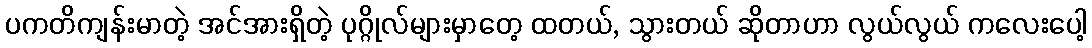
ပကတိကျန်းမာတဲ့ အင်အားရှိတဲ့ ပုဂ္ဂိုလ်များမှာတေ့ ထတယ်, သွားတယ် ဆိုတာဟာ လွယ်လွယ် ကလေးပေါ့